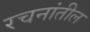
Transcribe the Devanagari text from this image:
रचनांतील